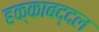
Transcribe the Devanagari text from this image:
हक्काबद्दल